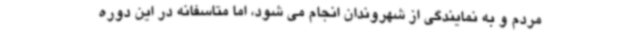
مردم و به نمایندگی از شهروندان انجام می شود، اما متاسفانه در این دوره